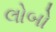
લોબો